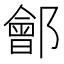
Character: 鄶